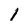
Character: 1